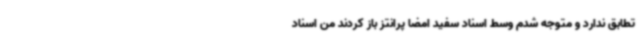
تطابق ندارد و متوجه شدم وسط اسناد سفید امضا پرانتز باز کردند من اسناد